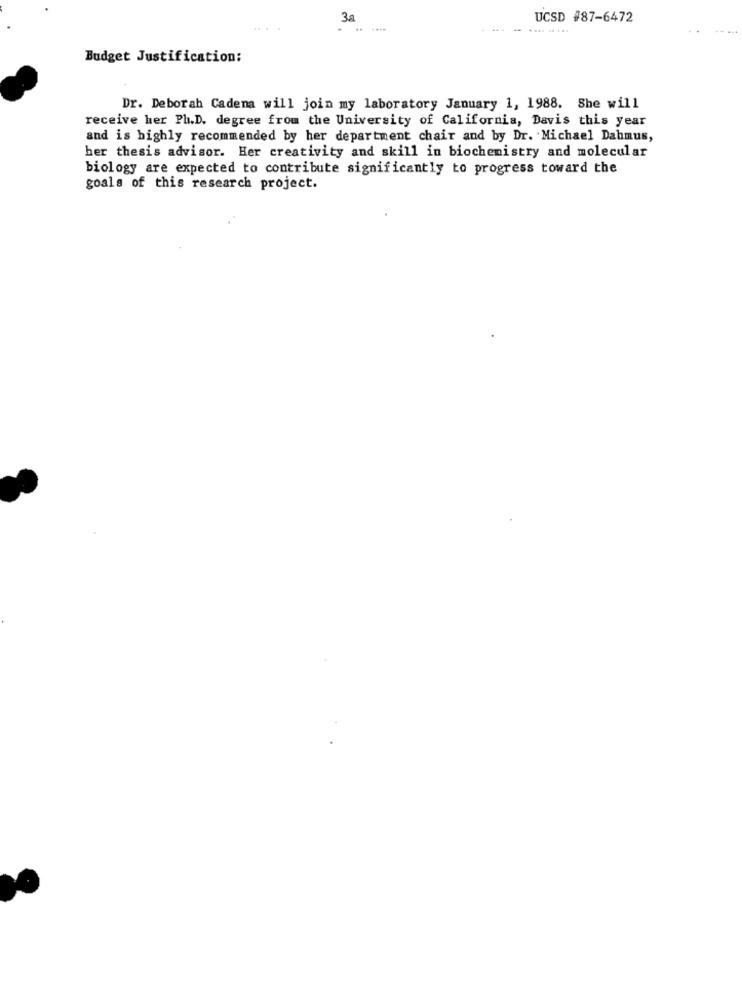
3a
UCSD #87-6472
Budget Justification:
Dr. Deborah Cadena will join my laboratory January 1, 1988. She will
receive her Ph.D. degree from the University of California, Davis this year
and is highly recommended by her department chair and by Dr. Michael Dahmus,
her thesis advisor. Her creativity and skill in biochemistry and molecular
biology are expected to contribute significantly to progress toward the
goals of this research project.